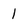
Character: 1